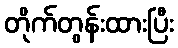
တိုက်တွန်းထားပြီး